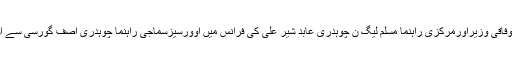
پیرس؍اسلام آباد(ایس ایم حسنین) سابق وفاقی وزیراورمرکزی راہنما مسلم لیگ ن چوہدری عابد شیر علی کی فرانس میں اوورسیزسماجی راہنما چوہدری آصف گورسی سے ان کے دفتر میں تفصیلی ملاقات ہوئی ۔